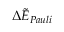
\Delta \tilde { E } _ { P a u l i }